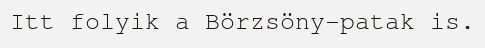
Itt folyik a Börzsöny-patak is.